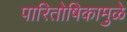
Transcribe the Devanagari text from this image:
पारितोषिकामुळे